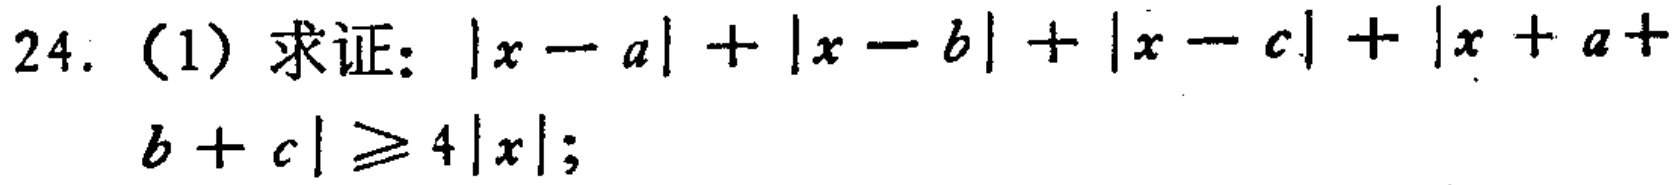
24. (1) 求证：\(\vert x - a\vert+\vert x - b\vert+\vert x - c\vert+\vert x + a + b + c\vert\geqslant4\vert x\vert\);